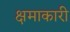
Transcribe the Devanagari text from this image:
क्षमाकारी